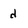
Character: d